Insane asylums Bombay 1873-77 - 1873-1877
Year: 1873
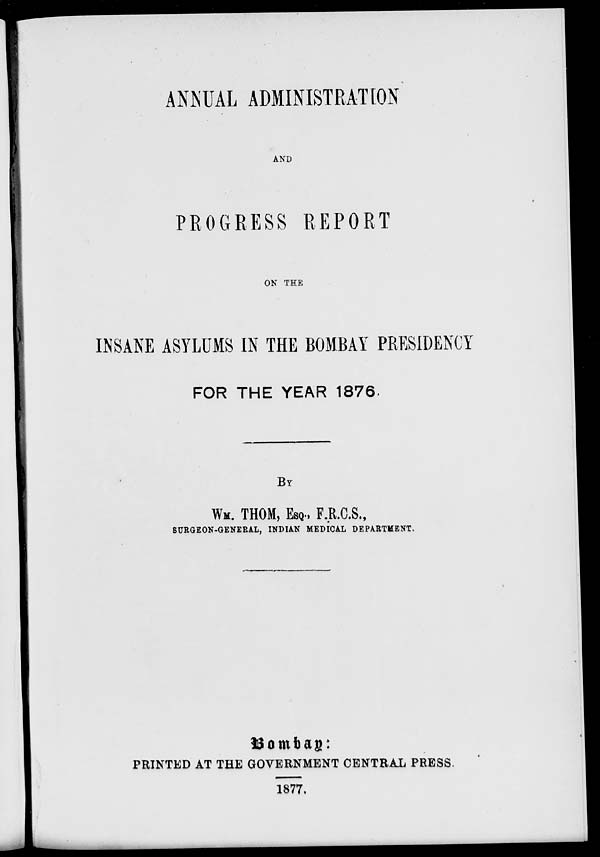
ANNUAL ADMINISTRATION
AND
PROGRESS REPORT
ON THE
INSANE ASYLUMS IN THE BOMBAY PRESIDENCY
FOR THE YEAR 1876
BY
WM. THOM, ESQ., F.R.C.S.,
SURGEON-GENERAL, INDIAN MEDICAL DEPARTMENT.
Bombay:
PRINTED AT THE GOVERNMENT CENTRAL PRESS.
1877.